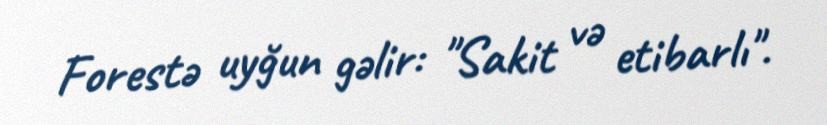
Forestə uyğun gəlir: "Sakit və etibarlı".